Lunatic asylums Punjab 1911-1921 - 1911-1921
Year: 1911
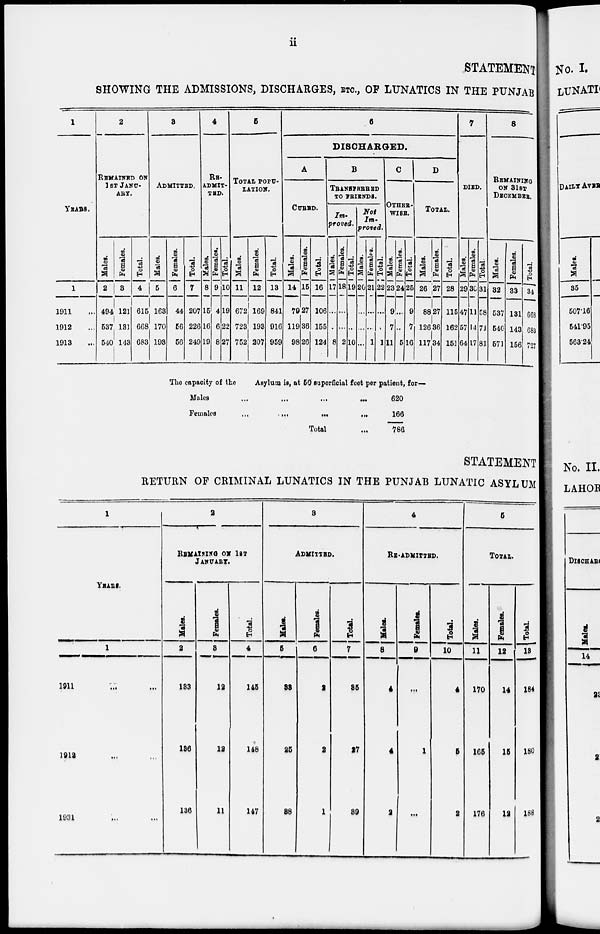
ii
STATEMENT
SHOWING THE ADMISSIONS, DISCHARGES, ETC., OF LUNATICS IN THE PUNJAB
1
YEARS.
1
1911 ...
1912 ...
1913 ...
2
REMAINED ON
1 ST JANU-
ART.
Males.
2
494
537
540
Females.
3
121
131
143
Total.
4
615
668
683
3
ADMITTED.
Males.
5
163
170
193
Females.
6
44
56
56
Total.
7
207
226
249
4
RE-
ADMIT-
TED.
Males.
8
15
16
19
Females.
9
4
6
8
Total.
10
19
22
27
5
TOTAL POPU-
LATION.
Males.
11
672
723
752
Females.
12
169
193
207
Total.
13
841
916
959
6
DISCHARGED.
A
CURED.
Males.
14
79
119
98
Females.
15
27
36
26
Total.
16
106
155
124
B
TRANSFERRED
TO FRIENDS.
Im-
proved.
Males.
17
...
...
8
Females.
18
...
...
2
Total.
19
...
...
10
Not
Im-
proved.
Males.
20
...
...
...
Females.
21
...
...
1
Total.
22
...
...
1
C
OTHER-
WISE.
Males.
23
9
7
11
Females.
24
...
...
5
Total.
25
9
7
16
D
TOTAL.
Males.
26
88
126
117
Females.
27
27
36
34
Total.
28
115
162
151
7
DIED.
Males.
29
47
57
64
Females.
30
11
14
17
Total.
31
58
71
81
8
REMAINING
ON 31ST
DECEMBER.
Males.
32
537
540
571
Females.
33
131
143
156
Total.
34
668
683
727
The capacity of the Asylum is, at 50 superficial feet per patient, for—
Males
...
...
...
...
Females ... ... ... ...
Total ...
620
166
786
STATEMENT
RETURN OF CRIMINAL LUNATICS IN THE PUNJAB LUNATIC ASYLUM
1
YEARS.
1
1911 ... ...
1912 ... ...
1931 ... ...
2
REMAINING ON 1ST
JANUARY.
Males.
2
133
136
136
Females.
8
12
12
11
Total.
4
145
148
147
3
ADMITTED.
Males.
5
33
26
38
Females.
6
2
2
1
Total.
7
35
27
39
4
RE-ADMITTED.
Males.
8
4
4
2
Females.
9
...
1
...
Total.
10
4
5
2
5
TOTAL.
Males.
11
170
165
176
Females.
12
14
15
12
Total.
13
184
180
188